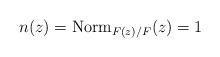
LaTeX: \begin{align*}n(z) = \mathrm{Norm}_{F(z)/F}(z) = 1\end{align*}